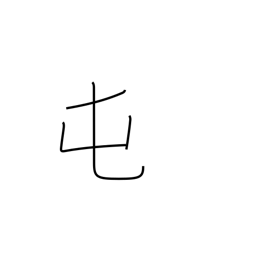
Meaning: barracks